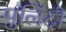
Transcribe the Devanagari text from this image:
पुलिंदौं